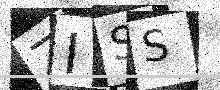
Text: ZISS